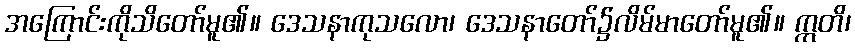
အကြောင်းကိုသိတော်မူ၏။ ဒေသနာကုသလော၊ ဒေသနာတော်၌လိမ်မာတော်မူ၏။ ဣတိ၊